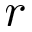
r